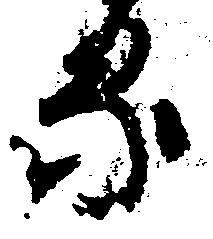
る